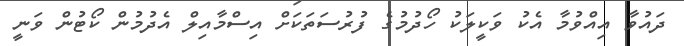
ދައުވާ އިއްވުމާ އެކު ވަކީލަކު ހޯދުމުގެ ފުރުސަތަކަށް އިސްމާއިލް އެދުމުން ކޯޓުން ވަނީ